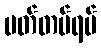
မတ်တပ်ရပ်